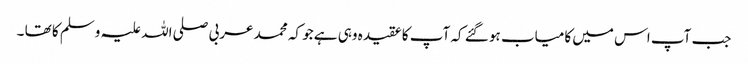
جب آپ اس میں کامیاب ہو گئے کہ آپ کا عقیدہ وہی ہے جو کہ محمد عربی صلی اللہ علیہ وسلم کا تھا ۔